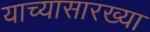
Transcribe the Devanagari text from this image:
याच्यासारख्या